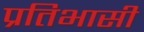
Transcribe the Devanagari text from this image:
प्रतिभासी